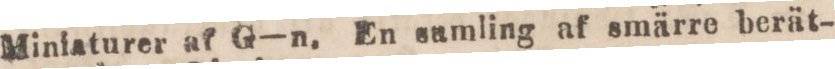
Miniaturer af G—n. En samling af smärre berät-